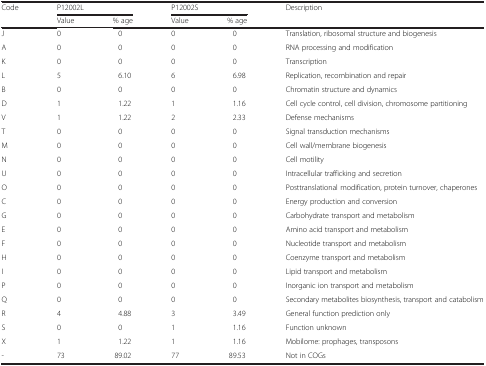
<table><thead><tr><td rowspan="2"><b>Code</b></td><td colspan="2"><b>P12002L</b></td><td colspan="2"><b>P12002S</b></td><td rowspan="2"><b>Description</b></td></tr><tr><td><b>Value</b></td><td><b>% age</b></td><td><b>Value</b></td><td><b>% age</b></td></tr></thead><tbody><tr><td>J</td><td>0</td><td>0</td><td>0</td><td>0</td><td>Translation, ribosomal structure and biogenesis</td></tr><tr><td>A</td><td>0</td><td>0</td><td>0</td><td>0</td><td>RNA processing and modification</td></tr><tr><td>K</td><td>0</td><td>0</td><td>0</td><td>0</td><td>Transcription</td></tr><tr><td>L</td><td>5</td><td>6.10</td><td>6</td><td>6.98</td><td>Replication, recombination and repair</td></tr><tr><td>B</td><td>0</td><td>0</td><td>0</td><td>0</td><td>Chromatin structure and dynamics</td></tr><tr><td>D</td><td>1</td><td>1.22</td><td>1</td><td>1.16</td><td>Cell cycle control, cell division, chromosome partitioning</td></tr><tr><td>V</td><td>1</td><td>1.22</td><td>2</td><td>2.33</td><td>Defense mechanisms</td></tr><tr><td>T</td><td>0</td><td>0</td><td>0</td><td>0</td><td>Signal transduction mechanisms</td></tr><tr><td>M</td><td>0</td><td>0</td><td>0</td><td>0</td><td>Cell wall/membrane biogenesis</td></tr><tr><td>N</td><td>0</td><td>0</td><td>0</td><td>0</td><td>Cell motility</td></tr><tr><td>U</td><td>0</td><td>0</td><td>0</td><td>0</td><td>Intracellular trafficking and secretion</td></tr><tr><td>O</td><td>0</td><td>0</td><td>0</td><td>0</td><td>Posttranslational modification, protein turnover, chaperones</td></tr><tr><td>C</td><td>0</td><td>0</td><td>0</td><td>0</td><td>Energy production and conversion</td></tr><tr><td>G</td><td>0</td><td>0</td><td>0</td><td>0</td><td>Carbohydrate transport and metabolism</td></tr><tr><td>E</td><td>0</td><td>0</td><td>0</td><td>0</td><td>Amino acid transport and metabolism</td></tr><tr><td>F</td><td>0</td><td>0</td><td>0</td><td>0</td><td>Nucleotide transport and metabolism</td></tr><tr><td>H</td><td>0</td><td>0</td><td>0</td><td>0</td><td>Coenzyme transport and metabolism</td></tr><tr><td>I</td><td>0</td><td>0</td><td>0</td><td>0</td><td>Lipid transport and metabolism</td></tr><tr><td>P</td><td>0</td><td>0</td><td>0</td><td>0</td><td>Inorganic ion transport and metabolism</td></tr><tr><td>Q</td><td>0</td><td>0</td><td>0</td><td>0</td><td>Secondary metabolites biosynthesis, transport and catabolism</td></tr><tr><td>R</td><td>4</td><td>4.88</td><td>3</td><td>3.49</td><td>General function prediction only</td></tr><tr><td>S</td><td>0</td><td>0</td><td>1</td><td>1.16</td><td>Function unknown</td></tr><tr><td>X</td><td>1</td><td>1.22</td><td>1</td><td>1.16</td><td>Mobilome: prophages, transposons</td></tr><tr><td>-</td><td>73</td><td>89.02</td><td>77</td><td>89.53</td><td>Not in COGs</td></tr></tbody></table>